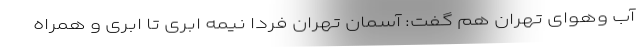
آب وهوای تهران هم گفت: آسمان تهران فردا نیمه ابری تا ابری و همراه